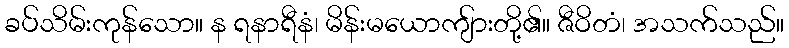
ခပ်သိမ်းကုန်သော။ န ရနာရီနံ၊ မိန်းမယောကျ်ားတို့၏။ ဇီဝိတံ၊ အသက်သည်။